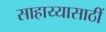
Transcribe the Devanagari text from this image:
साहाय्यासाठीं